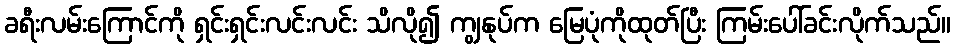
ခရီးလမ်းကြောင်ကို ရှင်းရှင်းလင်းလင်း သိလို၍ ကျွနုပ်က မြေပုံကိုထုတ်ပြီး ကြမ်းပေါ်ခင်းလိုက်သည်။